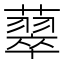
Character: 䕜